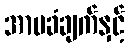
အာမခံချက်နှင့်